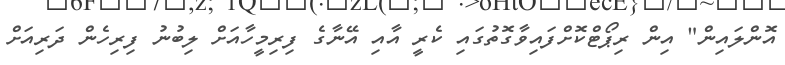
އޮންލައިން" އިން ރިޕޯޓްކޮށްފައިވާގޮތުގައި ކެރީ އާއި އޭނާގެ ފިރިމީހާއަށް ލިބުނު ފިރިހެން ދަރިއަށް